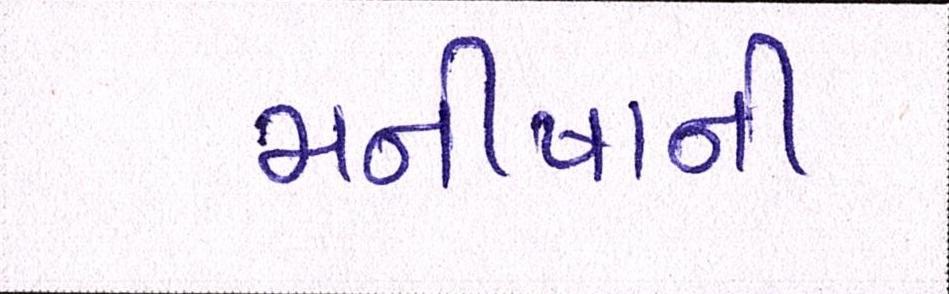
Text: મનીષાની